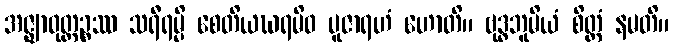
အဇ္ဈာဝုတ္ထဉ္စဿ သရီရမ္ပိ စေတိယဃရမိဝ ပူဇာရဟံ ဟောတိ။ ဗုဒ္ဓဘူမိယံ စိတ္တံ နမတိ။